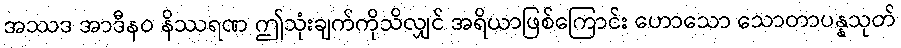
အဿဒ အာဒီနဝ နိဿရဏ ဤသုံးချက်ကိုသိလျှင် အရိယာဖြစ်ကြောင်း ဟောသော သောတာပန္နသုတ်